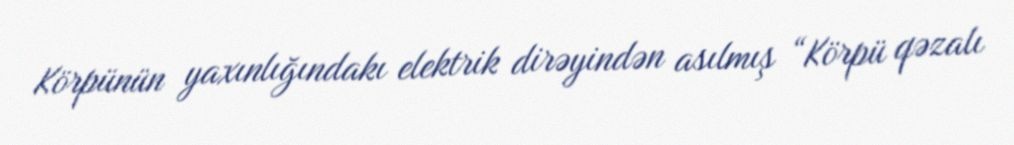
Körpünün yaxınlığındakı elektrik dirəyindən asılmış “Körpü qəzalı